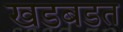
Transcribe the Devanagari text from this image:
खडबडत